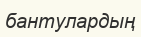
бантулардың